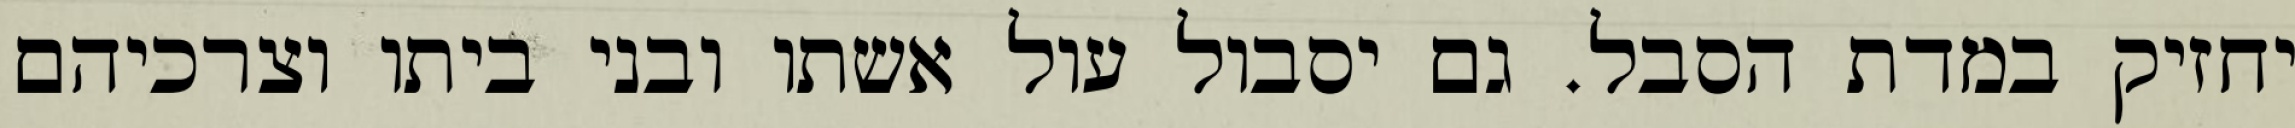
יחזיק במדת הסבל. גם יסבול עול אשתו ובני ביתו וצרכיהם